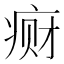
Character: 𱱕